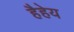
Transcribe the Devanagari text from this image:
हैहेय